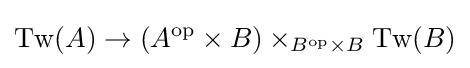
\operatorname {Tw} (A)\rightarrow (A^{\mathrm {op} }\times B)\times _{B^{\mathrm {op} }\times B}\operatorname {Tw} (B)